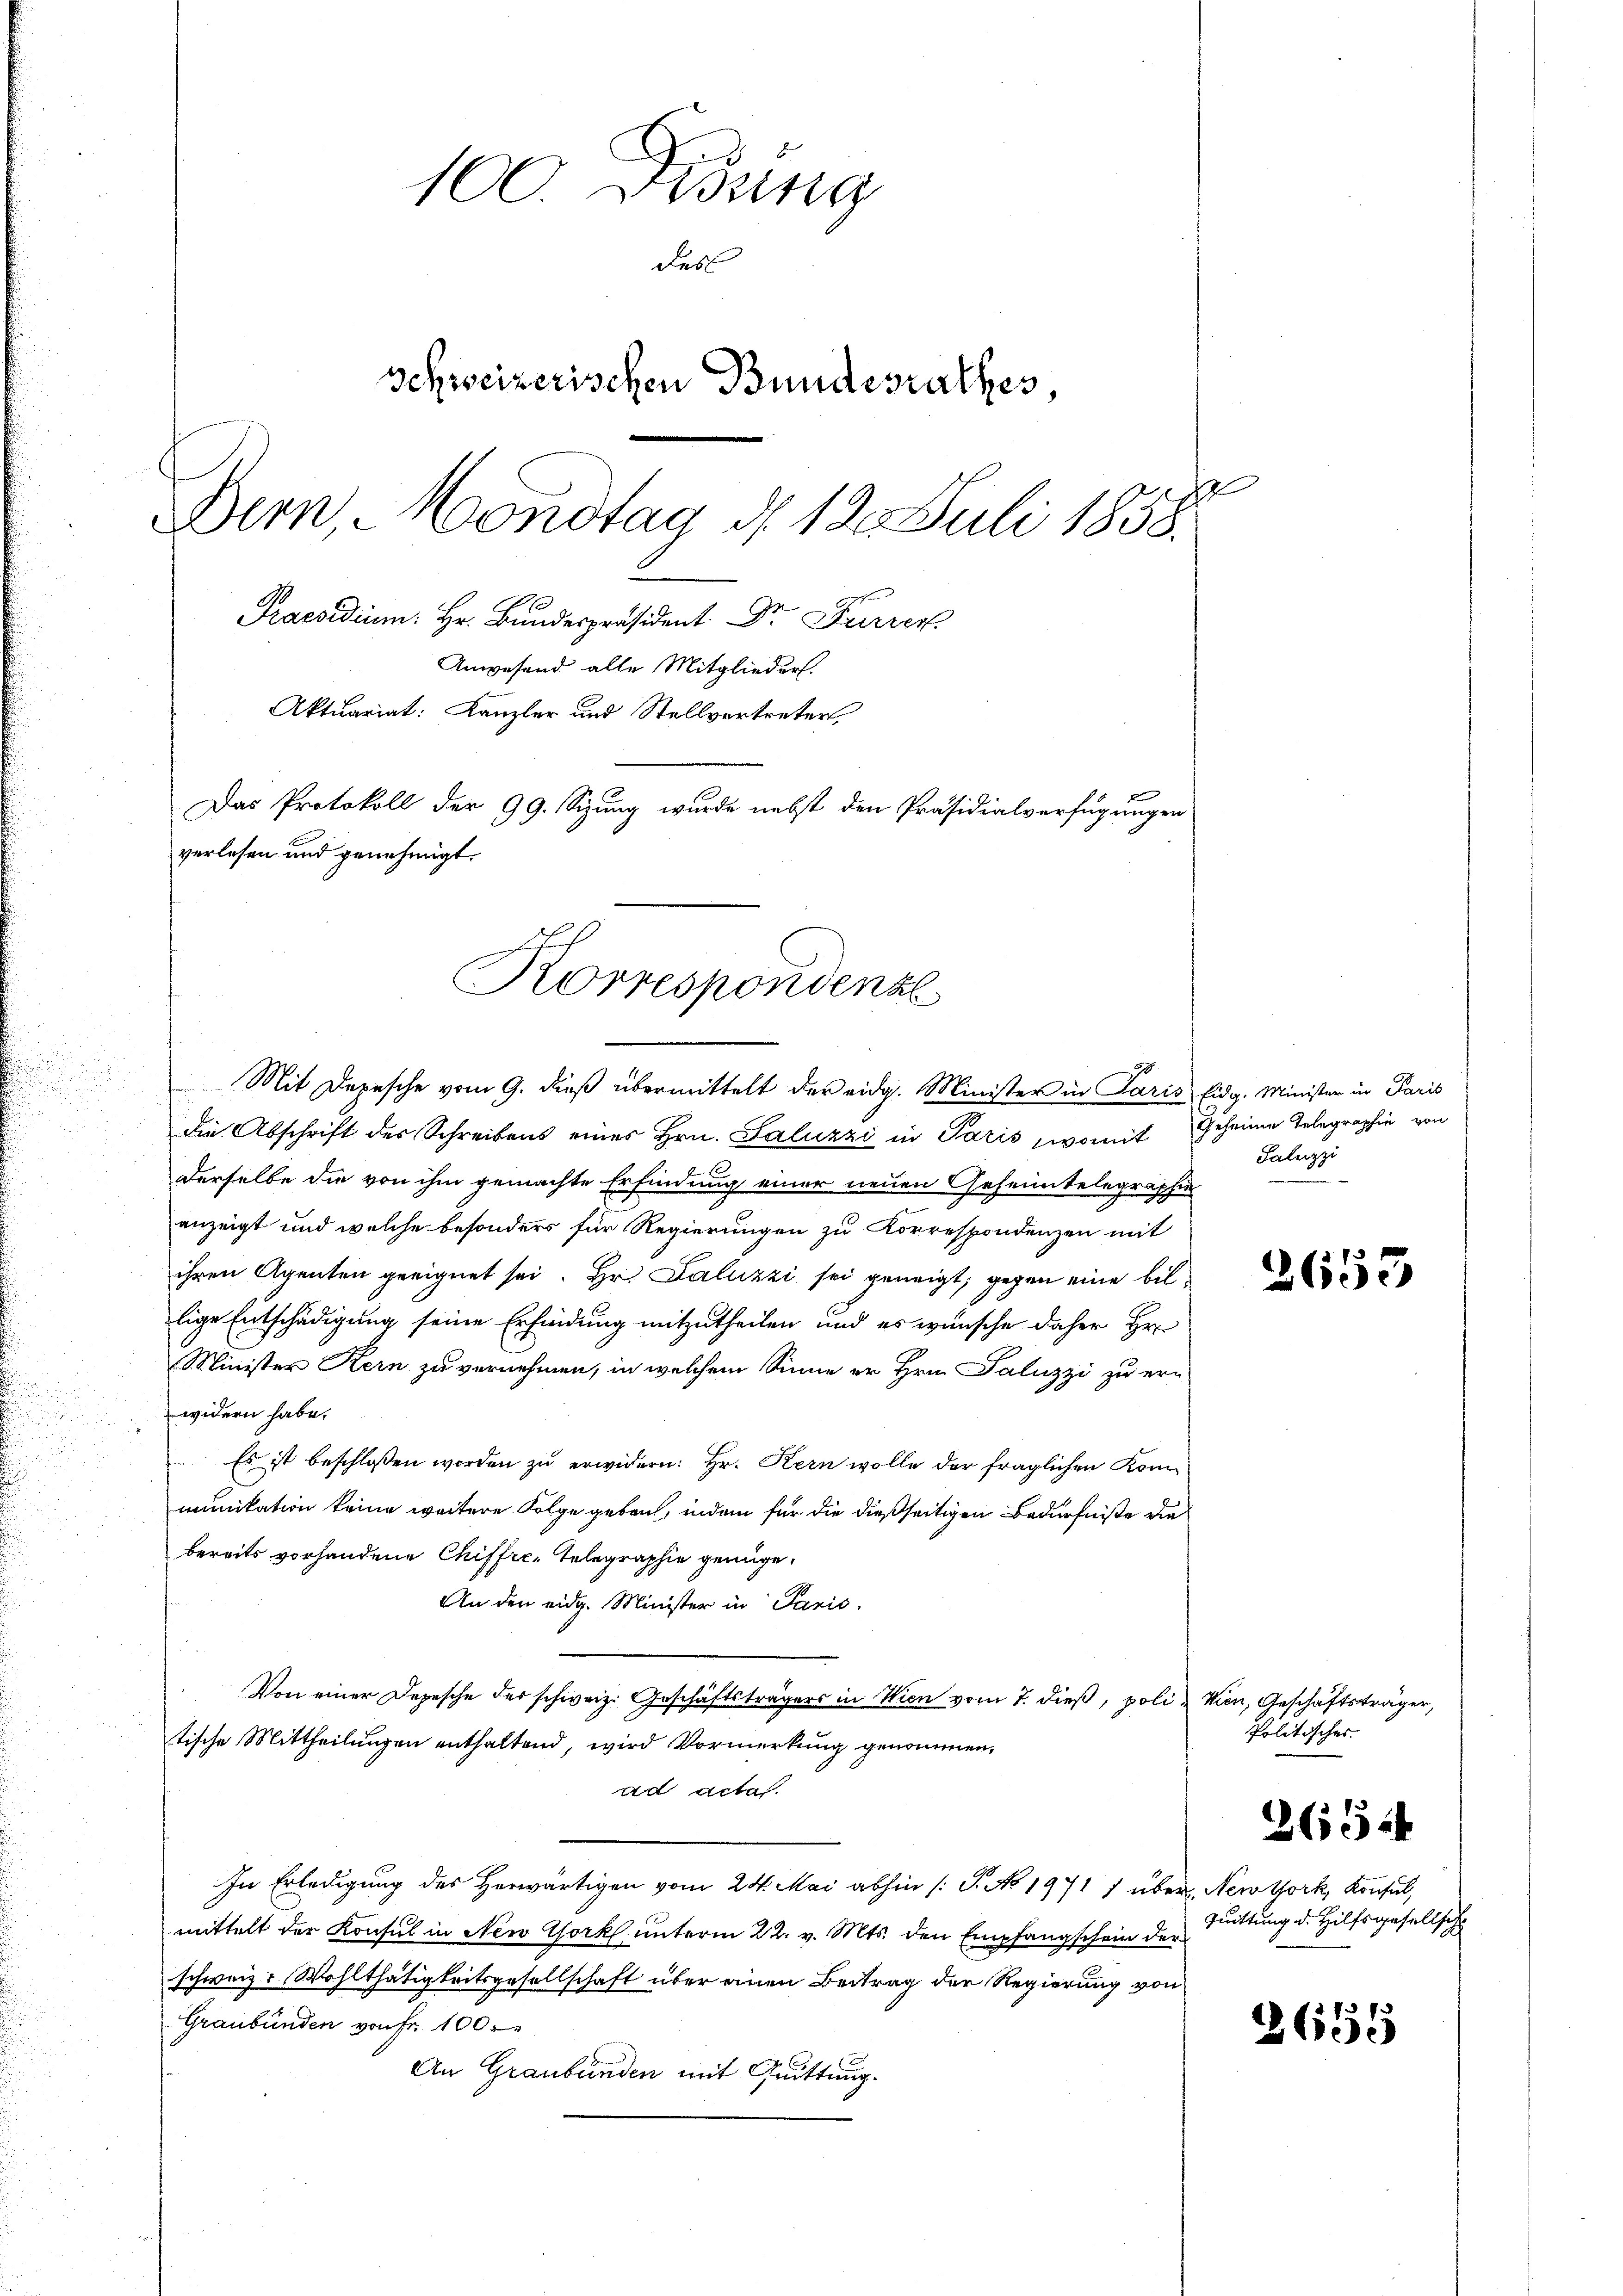
s

100. Disung
Fes
Schweizerischen Bundesrathes,
1
Dern, Mondtag d. 12. Juli 1858.
Praesidium: Hr. Bundespräsident Dr. Furrer
Angesand alle Mitglieder
Aktuariat: Kanzler und Stellvertreter
Das Protokoll der 99. Sizung wurde nebst den Präsidialverfügungen
verlesen und genehmigt.

Korrespondenzl
90
Mit Depesche vom 9. dieß übermittelt der eidg. Minister in Paris Eidg. Minister in Paris

die Abschrift des Schreibens eines Hrn. Saluzzi in Paris womit Geheime Telegraphie von
derselbe die von ihm gemachte Erfindung einer neuen Geheimtelegraphie
anzeigt und welche besonders für Regierungen zu Korrespondenzen mit
ihren Agenten geeignet sei. Hr. Paluzzi sei geneigt, gegen eine billige Entschädigung seine Erfindung mitzutheilen und es wünsche daher Hr.
Minister Kern zu vernehmen, in welchem Sinne er Hrn. Paluzzi zu ern
widern habe.
Es ist beschlossen worden zu erwidern: Hr. Kern wolle der fraglichen Kommunikation keine weitere Folge geben, indem für die dießseitigen Bedürfniße die
bereits vorhandene Chiffre-Telegraphie genüge.
An den eidg. Minister in Parić.
Von einer Depesche der schweiz. Geschäftsträgers in Wien vom 7. dieß, poli & Wien, Geschäftsträger,
tische Mittheilungen enthaltend, wird Vormerkung genommen,
ad actas.
In Erledigung des Herwärtigen vom 24. Mai abhin /: P. No 1971 1 über Newtork, Konsul,
mittelt der Konsul in New York unterm 22. v. Mts. den Empfangschein der
schweiz. Wohlthätigkeitsgesellschaft über einen Beitrag der Regierung von
Graubünden von Fr. 100 r
An Graubünden mit Quittung.

Paluzzi

2653

Politisches |
2654
Quittung d. Hilfsgesellsche

2655